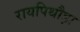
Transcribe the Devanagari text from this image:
रायपिथौड़ा